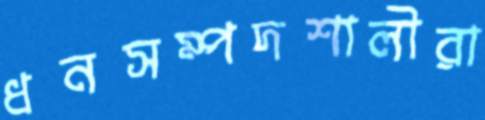
ধনসম্পদশালীরা